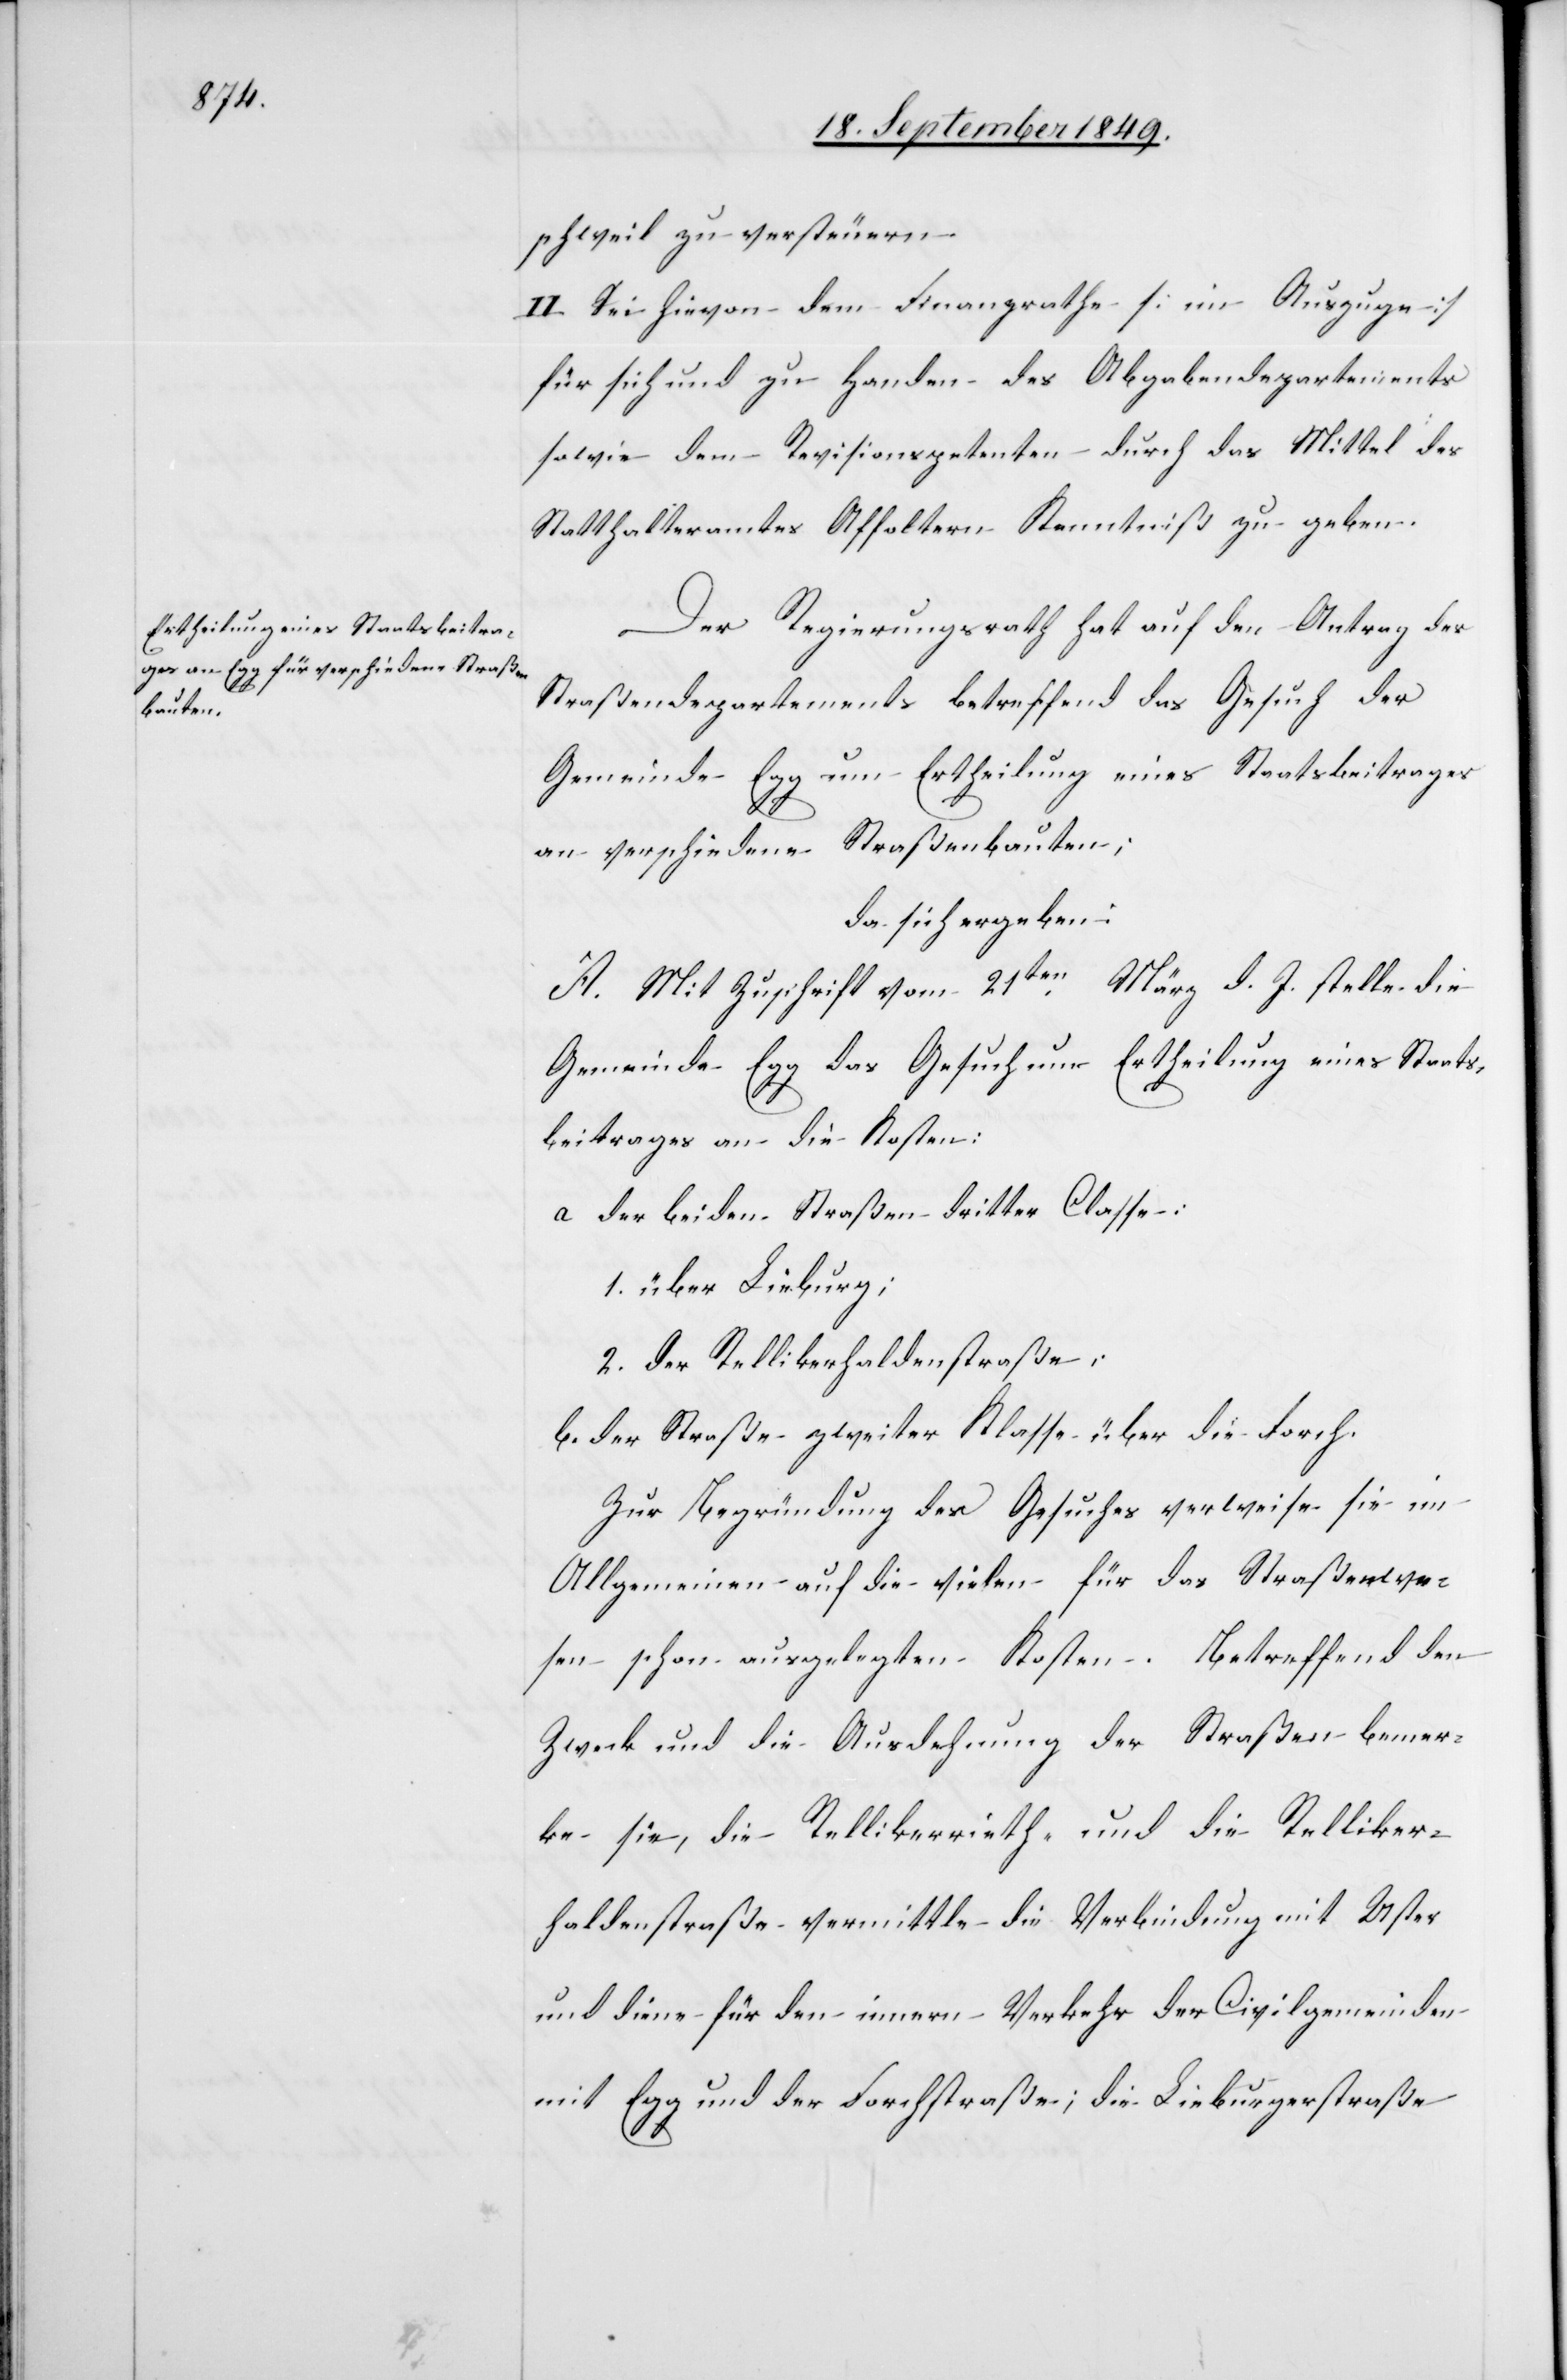
schweil zu versteuern.
II. Sei hievon dem Finanzrathe [in Auszuge]
für sich und zu Handen des Abgabendepartements
sowie dem Revisionspetenten durch das Mittel des
Statthalteramtes Affoltern Kenntniß zu geben.
Der Regierungsrath hat auf den Antrag des
Straßendepartements betreffend das Gesuch der
Gemeinde Egg um Ertheilung eines Staatsbeitrages
an verschiedene Straßenbauten;
da sich ergeben:
März d. J. stelle die
A. Mit Zuschrift vom 21ten
Gemeinde Egg das Gesuch um Ertheilung eines Staats¬
beitrages an die Kosten:
a der beiden Straßen dritter Classe:
1. über Lieburg;
2. der Rellikerhaldenstraße:
b. der Straße zweiter Klasse über die Forch
Zur Begründung des Gesuches verweise sie im
Allgemeinen auf die vielen für das Straßenwe¬
sen schon ausgelegten Kosten. Betreffend den
Zweck und die Ausdehnung der Straßen bemer¬
ke sie, die Rellikerrieth- und die Relliker¬
haldenstraße vermittle die Verbindung mit Uster
und diene für den innern Verkehr der Civilgemeinden
mit Egg und der Forchstraße, die Lieburgerstraße